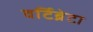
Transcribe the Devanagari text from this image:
वर्टिब्रेटा